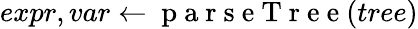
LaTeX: expr,var\gets\mathrm{~p~a~r~s~e~T~r~e~e~}(tree)